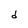
Character: d